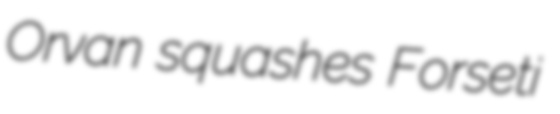
Orvan squashes Forseti